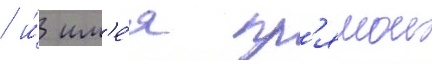
/ и́ им'е́я пр'ямои